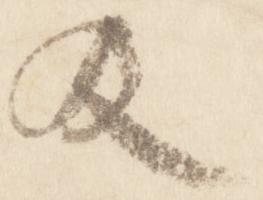
及